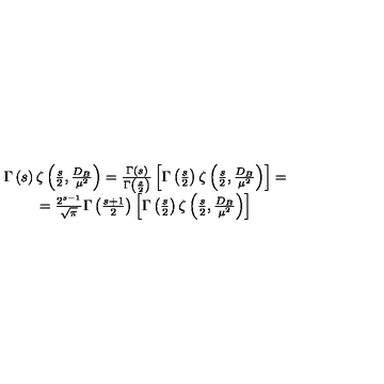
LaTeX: \begin{array} { c } { \Gamma \left( s \right) \zeta \left( \frac s 2 , \frac { D _ { B } } { \mu ^ { 2 } } \right) = \frac { \Gamma \left( s \right) } { \Gamma \left( \frac s 2 \right) } \left[ \Gamma \left( \frac s 2 \right) \zeta \left( \frac s 2 , \frac { D _ { B } } { \mu ^ { 2 } } \right) \right] = } \\ { = \frac { 2 ^ { s - 1 } } { \sqrt { \pi } } \Gamma \left( \frac { s + 1 } 2 \right) \left[ \Gamma \left( \frac s 2 \right) \zeta \left( \frac s 2 , \frac { D _ { B } } { \mu ^ { 2 } } \right) \right] } \\ \end{array}